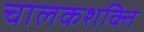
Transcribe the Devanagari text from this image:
चालकशक्ति